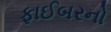
ફાઈબરનો